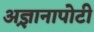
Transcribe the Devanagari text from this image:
अ़ज्ञानापोटी